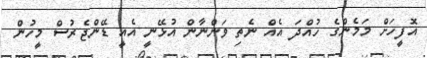
އޮފީހަށް މަމެންގެ ހުއްދަ އެއް ނެތި ވަންނާން އުޅޭނީ އެއީ ޑޭންޖެރުސް މީހުން